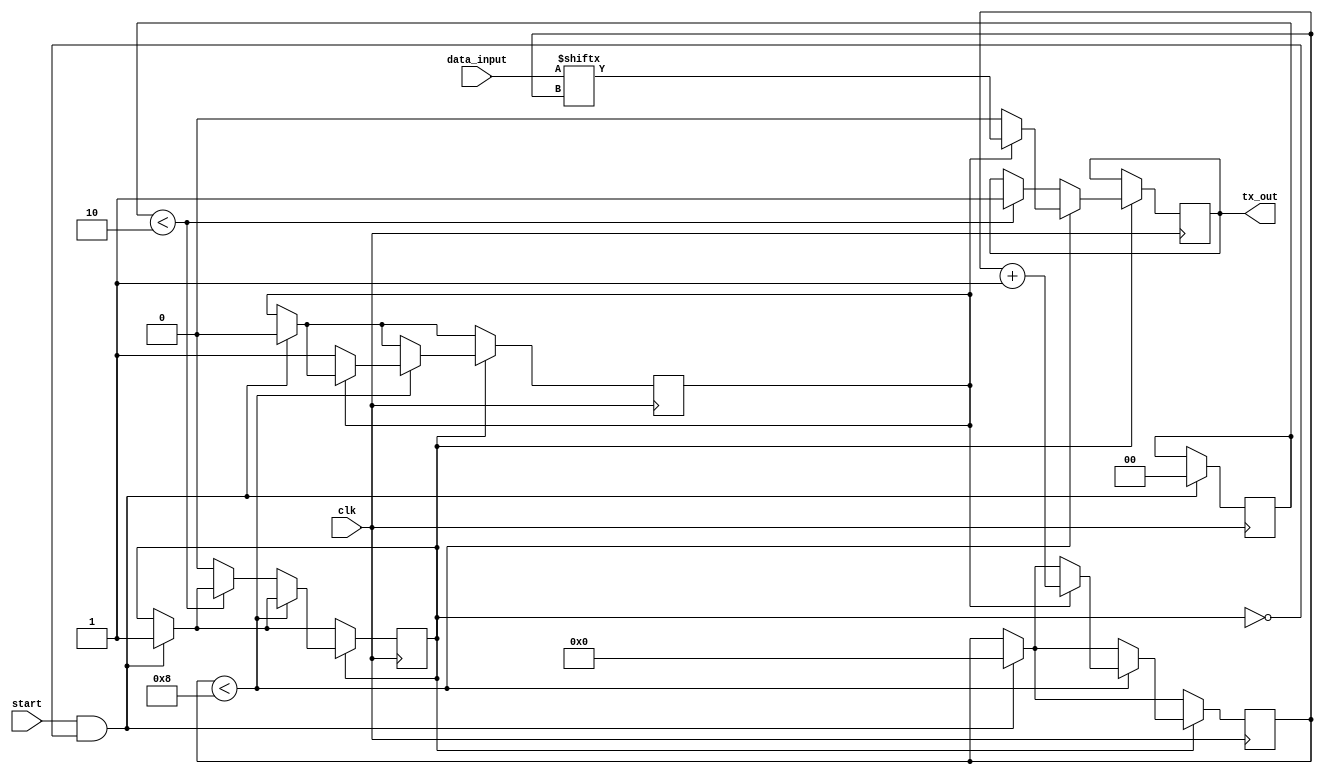
module UART_Transmitter(
    input wire clk,
    input wire start,
    input wire [7:0] data_input,
    output reg tx_out
);

parameter BAUD_RATE = 9600;
parameter CLOCK_FREQ = 50000000; // Assuming 50 MHz clock

reg [3:0] counter = 4'b0000;
reg [10:0] baud_counter = 11'b00000000000;
reg transmitting = 0;
reg start_bit_sent = 0;
reg [1:0] stop_bits_sent = 0;

always @ (posedge clk) begin
    if (start && !transmitting) begin
        counter <= 4'b0000;
        baud_counter <= 11'b00000000000;
        transmitting <= 1;
        start_bit_sent <= 0;
        stop_bits_sent <= 0;
    end
    
    if (transmitting) begin
        if (counter < 8) begin
            if (!start_bit_sent) begin
                tx_out <= 0;
                start_bit_sent <= 1;
            end else begin
                tx_out <= data_input[counter];
                counter <= counter + 1;
            end
        end else begin
            if (stop_bits_sent < 2) begin
                tx_out <= 1;
                if (baud_counter == (CLOCK_FREQ / BAUD_RATE) - 1) begin
                    baud_counter <= 11'b00000000000;
                    stop_bits_sent <= stop_bits_sent + 1;
                end else begin
                    baud_counter <= baud_counter + 1;
                end
            end else begin
                transmitting <= 0;
            end
        end
    end
end

endmodule